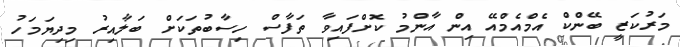
މަރުކަޒީ ބޭންކް އެމްއެމްއޭ އިން އާންމު ކޮށްފައިވާ ތަފާސް ހިސާބުތަކަށް ބަލާއިރު މިދިޔަމަހު